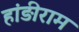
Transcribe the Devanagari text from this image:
हांड़ीराम